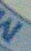
W